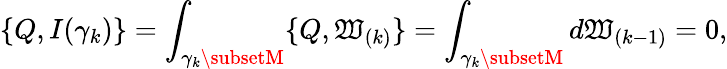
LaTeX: \{ Q,I(\gamma_{k})\} =\int_{\gamma_{k}\subsetM}\{ Q,\mathfrak{W}_{(k)}\} =\int_{\gamma_{k}\subsetM}d\mathfrak{W}_{(k-1)}=0,